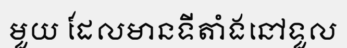
មួយ ដែលមានទីតាំងនៅទួល